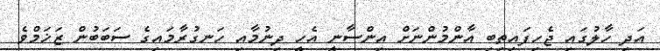
އަދި ހާލުގައި ޖެހިފައިތިބި އާންމުންނަށް އިންސާނީ އެހީ ދިނުމާއި ހަނގުރާމައިގެ ސަބަބުން ޒަޚަމްވެ